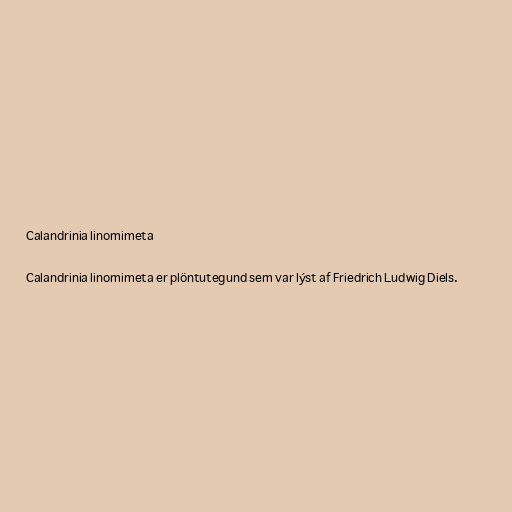
Calandrinia linomimeta

Calandrinia linomimeta er plöntutegund sem var lýst af Friedrich Ludwig Diels.